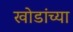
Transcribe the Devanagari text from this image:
खोडांच्या